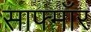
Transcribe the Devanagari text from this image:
साफ्मॉर